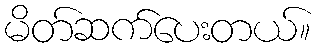
မိတ်ဆက်ပေးတယ်။